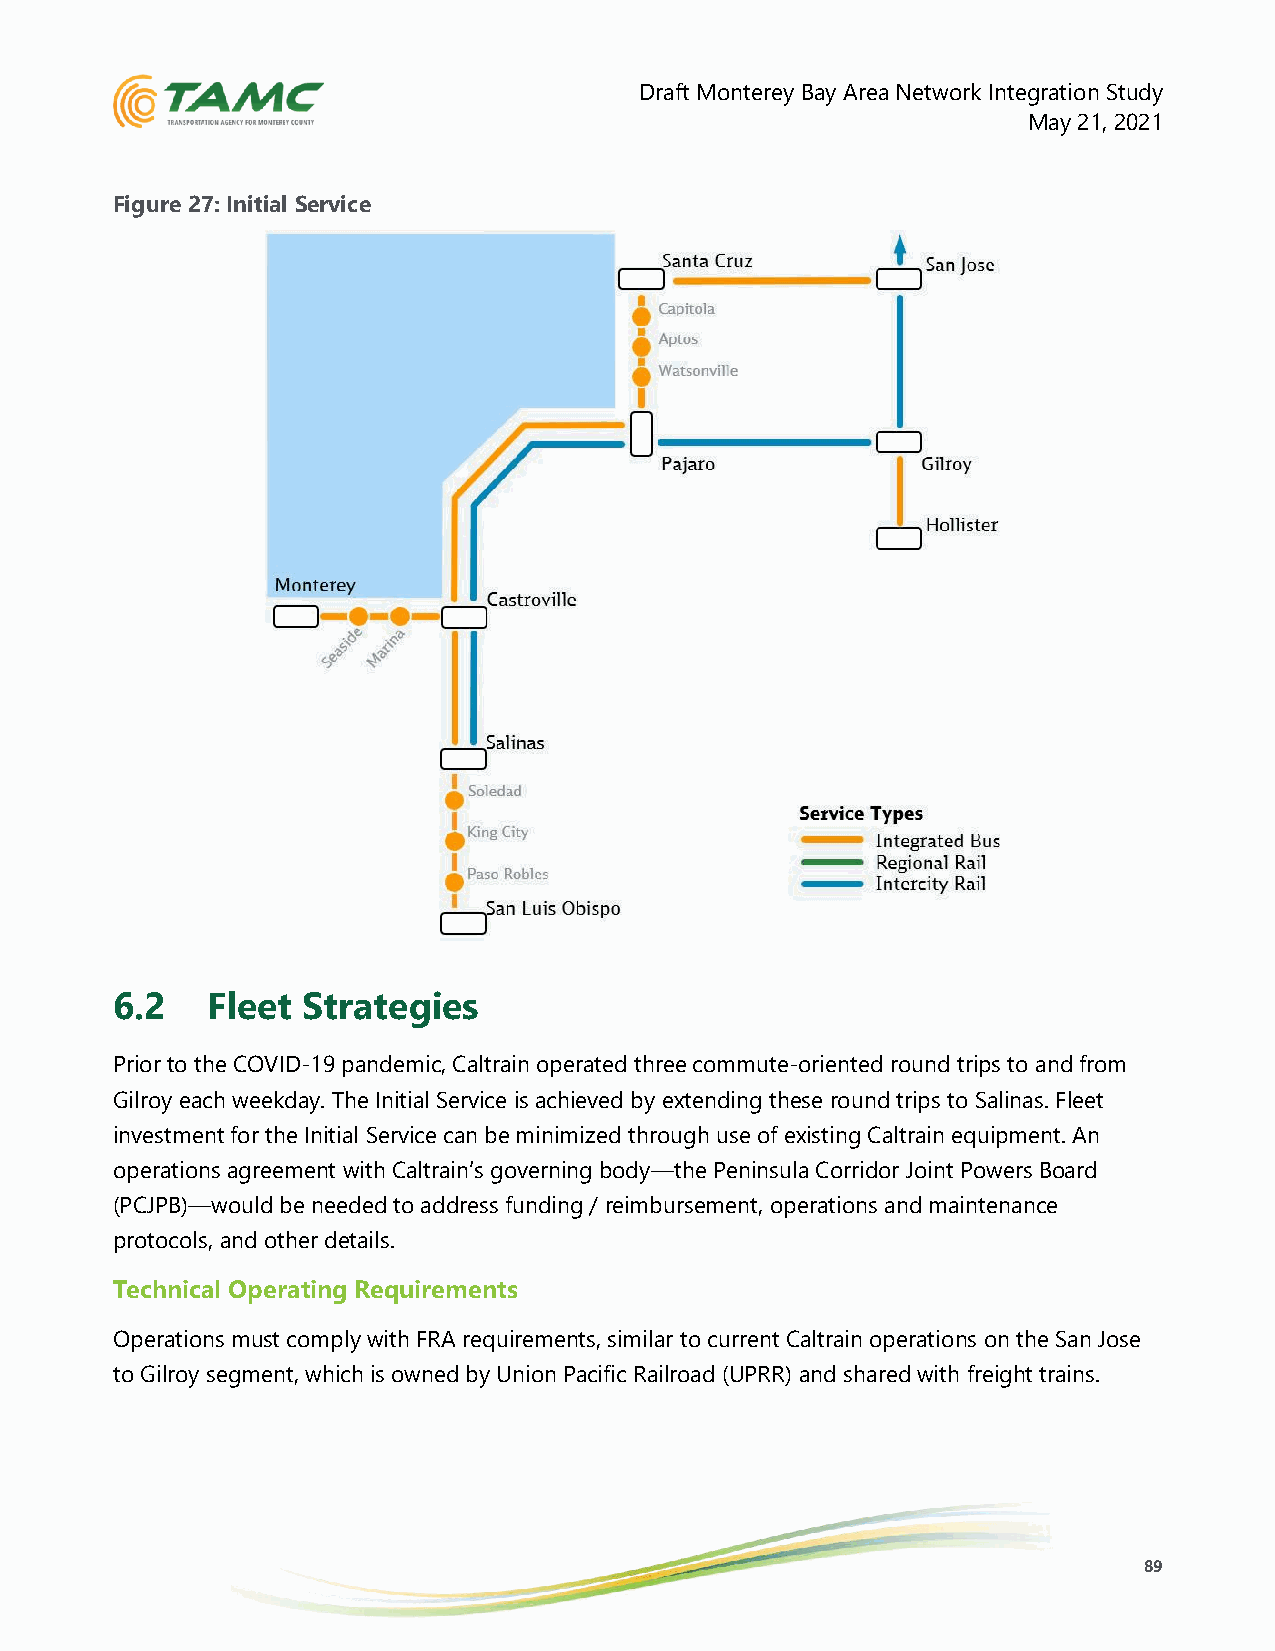
Draft Monterey Bay Area Network Integration Study
 May 21, 2021
 Figure 27: Initial Service
 6.2    Fleet Strategies
 Prior to the COVID-19 pandemic, Caltrain operated three commute-oriented round trips to and from
 Gilroy each weekday. The Initial Service is achieved by extending these round trips to Salinas. Fleet
 investment for the Initial Service can be minimized through use of existing Caltrain equipment. An
 operations agreement with Caltrain’s governing body—the Peninsula Corridor Joint Powers Board
 (PCJPB)—would be needed to address funding / reimbursement, operations and maintenance
 protocols, and other details.
 Technical Operating Requirements
 Operations must comply with FRA requirements, similar to current Caltrain operations on the San Jose
 to Gilroy segment, which is owned by Union Pacific Railroad (UPRR) and shared with freight trains.
 89